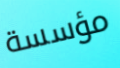
مؤسسة